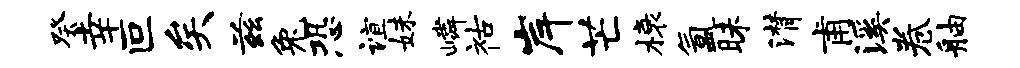
癸幸叵矣兹兔恐谊妹嶙祜岸芒榱氲昧潸甫溪卷舳